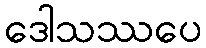
ဒေါသဿပေ